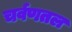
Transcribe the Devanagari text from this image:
चर्वणतल